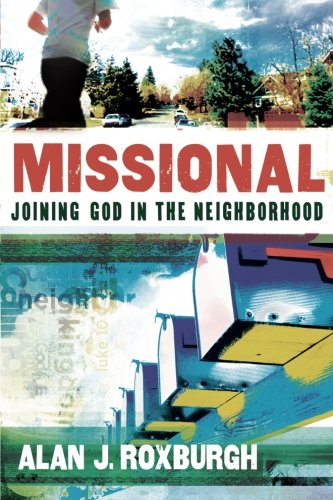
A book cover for Missional: Joining God in the Neighborhood (Allelon Missional Series); Alan J. Roxburgh; Christian Books & Bibles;